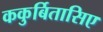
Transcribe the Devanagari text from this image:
ककुर्बितासिए